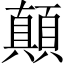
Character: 顛